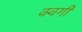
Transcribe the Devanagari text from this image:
क्विंगी